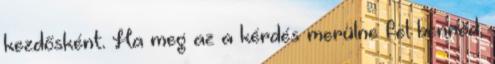
kezdősként. Ha meg az a kérdés merülne fel benned,